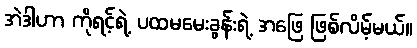
အဲဒါဟာ ကိုရင့်ရဲ့ ပထမမေးခွန်းရဲ့ အဖြေ ဖြစ်လိမ့်မယ်။